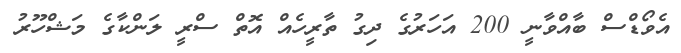
އެވޯޑްސް ބާއްވާނީ 200 އަހަރުގެ ދިގު ތާރީހެއް އޮތް ސްރީ ލަންކާގެ މަޝްހޫރު